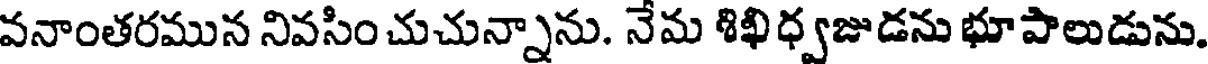
వనాంతరమున నివసించుచున్నాను. నేమ శిఖి ధ్వజుడను భూపాలుడును.